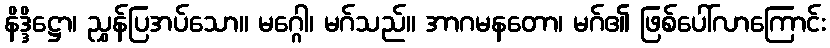
နိဒ္ဒိဋ္ဌော၊ ညွှန်ပြအပ်သော။ မဂ္ဂေါ၊ မဂ်သည်။ အာဂမနတော၊ မဂ်၏ ဖြစ်ပေါ်လာကြောင်း